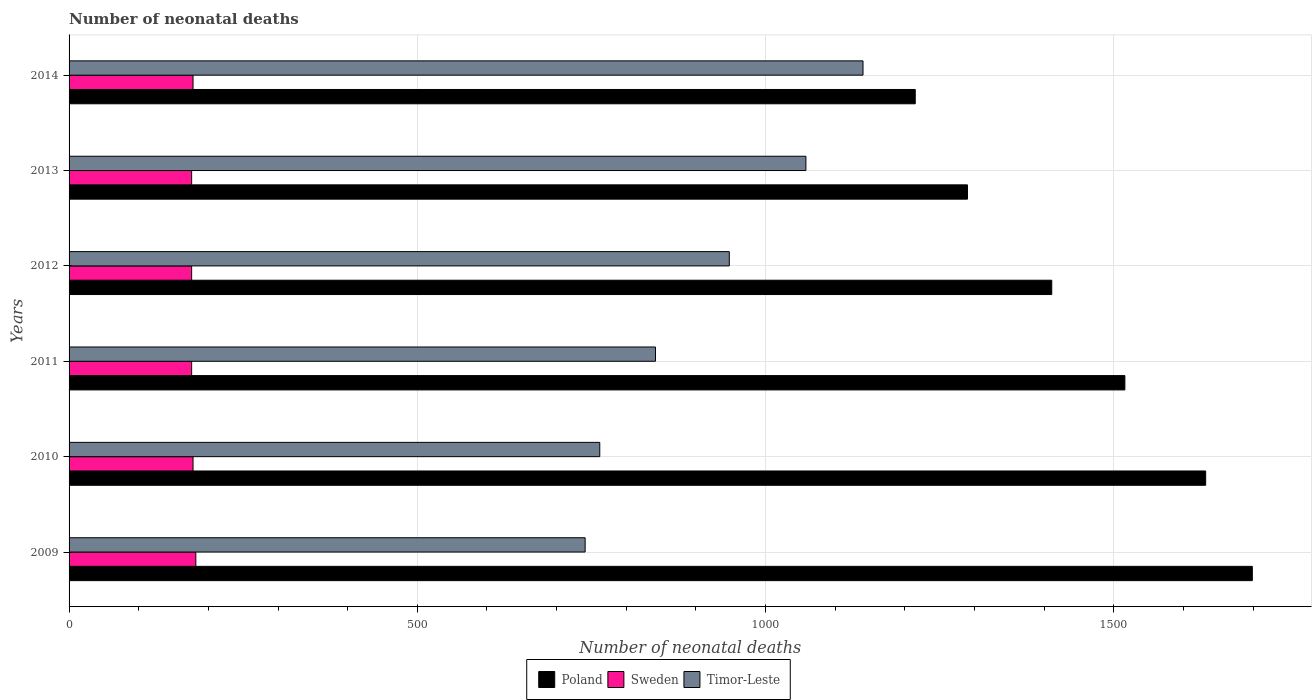
| Years | Poland | Sweden | Timor-Leste |
 | --- | --- | --- | --- |
 | 2009 | 1.7e+03 | 182 | 741 |
 | 2010 | 1.63e+03 | 178 | 762 |
 | 2011 | 1.52e+03 | 176 | 842 |
 | 2012 | 1.41e+03 | 176 | 948 |
 | 2013 | 1.29e+03 | 176 | 1.06e+03 |
 | 2014 | 1.22e+03 | 178 | 1.14e+03 |